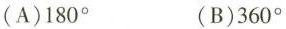
(A)180° (B)360°